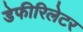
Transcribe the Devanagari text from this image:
डेफीरिलेटर